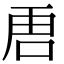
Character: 𭇢